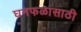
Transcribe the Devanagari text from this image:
घनफळासाठी